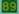
89